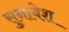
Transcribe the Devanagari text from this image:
सुनाबेश